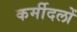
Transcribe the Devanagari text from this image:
कर्मीदलों